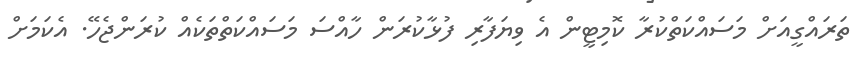
ތަރައްގީއަށް މަސައްކަތްކުރާ ކޮމިޓީން އެ ވިޔަފާރި ފުޅާކުރަން ހާއްސަ މަސައްކަތްތަކެއް ކުރަންޖެހޭ. އެކަމަށް